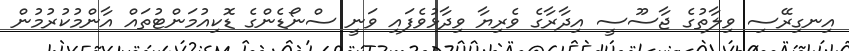
އިނގިރޭސި ވިލާތުގެ ޖާސޫސީ އިދާރާގެ ވެރިޔާ ވިދާޅުވެފައި ވަނީ ސްނޯޑެންގެ ޑޮކިއުމަންޓުތައް އާންމުކުރުމުން